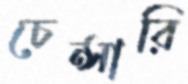
চেন্সারি